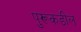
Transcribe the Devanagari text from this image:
पुरूकडील